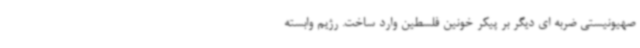
صهیونیستی ضربه ای دیگر بر پیکر خونین فلسطین وارد ساخت. رژیم وابسته